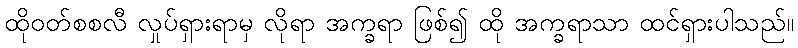
ထိုဝတ်စစလီ လှုပ်ရှားရာမှ လိုရာ အက္ခရာ ဖြစ်၍ ထို အက္ခရာသာ ထင်ရှားပါသည်။